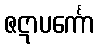
ဇဋာပင်္ကော